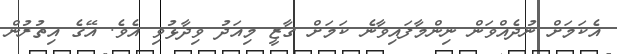
އެކަމަށް ނުދެއްވަން ނިންމާފައިވާނެ ކަމަށް ގާޒީ މިއަދު ވިދާޅުވި އެވެ. އޭގެ އިތުރުން